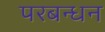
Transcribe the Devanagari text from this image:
परबन्धन